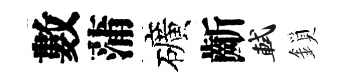
數蒲礦齗軾鎖